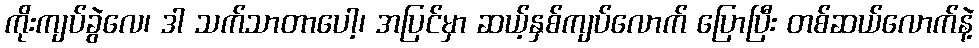
ကိုးကျပ်ခွဲလေ၊ ဒါ သက်သာတာပေါ့၊ အပြင်မှာ ဆယ့်နှစ်ကျပ်လောက် ပြောပြီး တစ်ဆယ်လောက်နဲ့